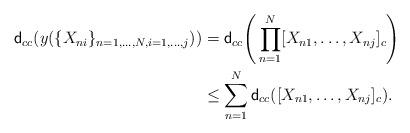
LaTeX: \begin{align*} \mathsf{d}_{cc}(y(\{X_{ni}\}_{n=1,\dots,N,i=1,\dots,j}))&=\mathsf{d}_{cc} \Bigg(\prod_{n=1}^N[X_{n1},\dots,X_{nj}]_c\Bigg) \\ &\leq \sum_{n=1}^N\mathsf{d}_{cc}([X_{n1},\dots,X_{nj}]_c). \end{align*}